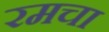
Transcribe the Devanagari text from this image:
रमचा